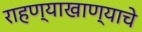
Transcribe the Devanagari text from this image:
राहण्याखाण्याचे